画像に写った文字を読んでください
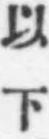
「以下」と書いてあります